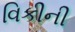
વિકીની